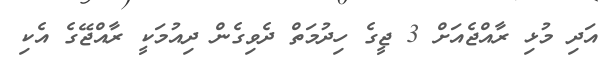
އަދި މުޅި ރާއްޖެއަށް 3 ޖީގެ ހިދުމަތް ދެވިގެން ދިއުމަކީ ރާއްޖޭގެ އެކި